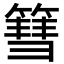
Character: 篲